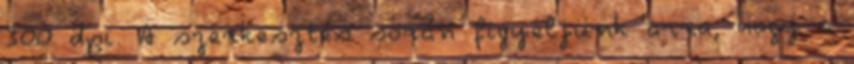
300 dpi. A szerkesztés során figyeljünk arra, hogy a